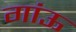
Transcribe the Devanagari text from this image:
गांऊ